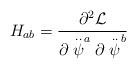
LaTeX: \begin{align*}H_{ab}=\frac{\partial ^2{\cal L}}{\partial \stackrel{..}{\psi }^a\partial\stackrel{..}{\psi }^b}\end{align*}